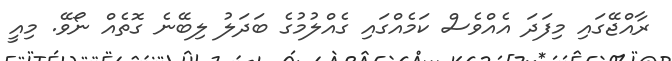
ރާއްޖޭގައި މިފަދަ އެއްވެސް ކަމެއްގައި ގެއްލުމުގެ ބަދަލު ލިބޭނެ ގޮތެއް ނޯވޭ. މިއީ